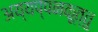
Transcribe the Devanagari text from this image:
अय्यप्पनकूत्तु